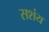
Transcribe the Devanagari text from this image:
सशंय